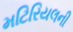
મટિરિયલની